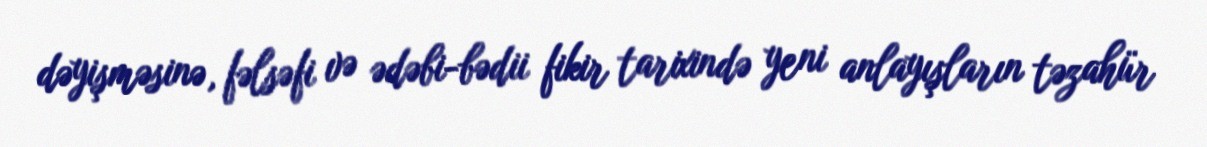
dəyişməsinə, fəlsəfi və ədəbi-bədii fikir tarixində yeni anlayışların təzahür